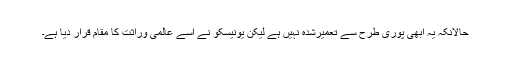
حالانکہ یہ ابھی پوری طرح سے تعمیرشدہ نہیں ہے لیکن یونیسکو نے اسے عالمی وراثت کا مقام قرار دیا ہے۔